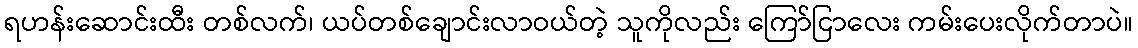
ရဟန်းဆောင်းထီး တစ်လက်၊ ယပ်တစ်ချောင်းလာဝယ်တဲ့ သူကိုလည်း ကြော်ငြာလေး ကမ်းပေးလိုက်တာပဲ။